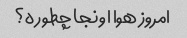
امروز هوا اونجا چطوره؟